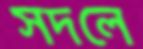
সদলে